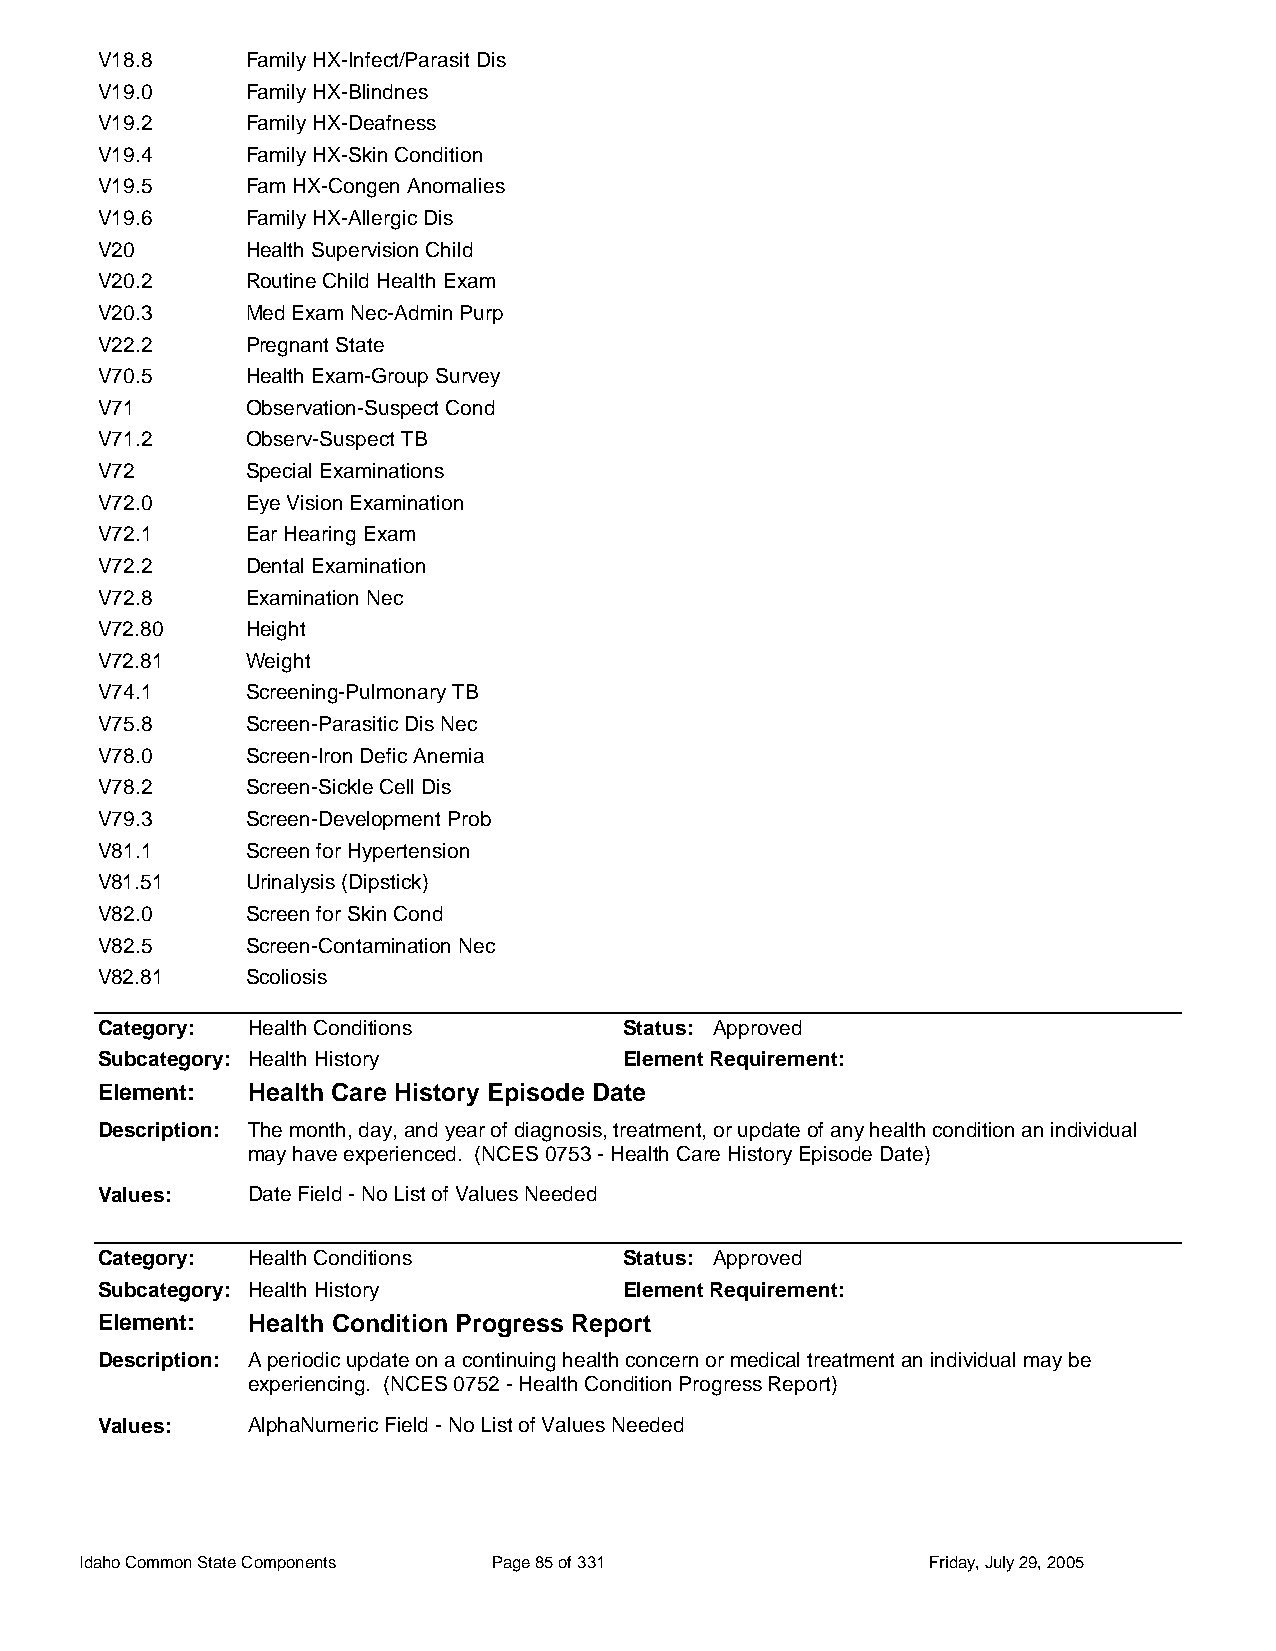
V18.8     Family HX-Infect/Parasit Dis
 V19.0     Family HX-Blindnes
 V19.2     Family HX-Deafness
 V19.4     Family HX-Skin Condition
 V19.5     Fam HX-Congen Anomalies
 V19.6     Family HX-Allergic Dis
 V20       Health Supervision Child
 V20.2     Routine Child Health Exam
 V20.3     Med Exam Nec-Admin Purp
 V22.2     Pregnant State
 V70.5     Health Exam-Group Survey
 V71       Observation-Suspect Cond
 V71.2     Observ-Suspect TB
 V72       Special Examinations
 V72.0     Eye Vision Examination
 V72.1     Ear Hearing Exam
 V72.2     Dental Examination
 V72.8     Examination Nec
 V72.80    Height
 V72.81    Weight
 V74.1     Screening-Pulmonary TB
 V75.8     Screen-Parasitic Dis Nec
 V78.0     Screen-Iron Defic Anemia
 V78.2     Screen-Sickle Cell Dis
 V79.3     Screen-Development Prob
 V81.1     Screen for Hypertension
 V81.51    Urinalysis (Dipstick)
 V82.0     Screen for Skin Cond
 V82.5     Screen-Contamination Nec
 V82.81    Scoliosis
 Category: Health Conditions        Status: Approved
 Subcategory: Health History        Element Requirement:
 Element:  Health Care History Episode Date
 Description: The month, day, and year of diagnosis, treatment, or update of any health condition an individual
 may have experienced. (NCES 0753 - Health Care History Episode Date)
 Values:   Date Field - No List of Values Needed
 Category: Health Conditions        Status: Approved
 Subcategory: Health History        Element Requirement:
 Element:  Health Condition Progress Report
 Description: A periodic update on a continuing health concern or medical treatment an individual may be
 experiencing. (NCES 0752 - Health Condition Progress Report)
 Values:   AlphaNumeric Field - No List of Values Needed
 Idaho Common State Components Page 85 of 331            Friday, July 29, 2005